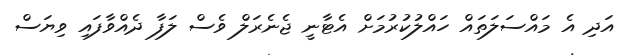
އަދި އެ މައްސަލަތައް ހައްލުކުރުމަށް އެޓާނީ ޖެނެރަލް ވެސް ލަފާ ދެއްވާފައި ވިޔަސް